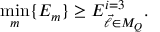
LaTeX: \operatorname * { m i n } _ { m } \{ E _ { m } \} \ge E _ { \vec { \ell } \in M _ { Q } } ^ { i = 3 } .